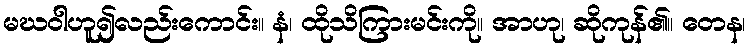
မဃဝါဟူ၍လည်းကောင်း။ နံ၊ ထိုသိကြားမင်းကို။ အာဟု၊ ဆိုကုန်၏။ တေန၊